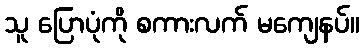
သူ ပြောပုံကို စကားလက် မကျေနပ်။